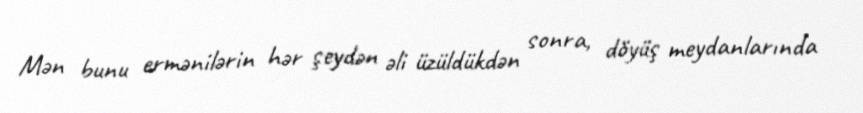
Mən bunu ermənilərin hər şeydən əli üzüldükdən sonra, döyüş meydanlarında